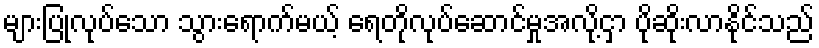
များပြုလုပ်သော သွားရောက်မယ့် ရေတိုလုပ်ဆောင်မှုအလို့ငှာ ပိုဆိုးလာနိုင်သည်